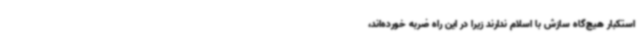
استکبار هیچ‌گاه سازش با اسلام ندارند زیرا در این راه ضربه خورده‌اند،